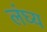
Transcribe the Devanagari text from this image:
लंघ्य